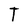
Character: T